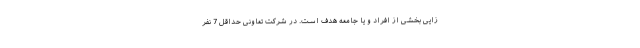
زایی بخشی از افراد و یا جامعه هدف است. در شرکت تعاونی حداقل 7 نفر